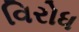
વિરોધ